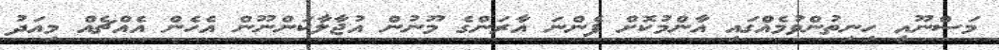
މަސްނޫއީ ހިނިތުންވުމެއްގައި އާންމުކޮށް ފެންނަ އާރަންގެ މޫނުން އުޖާލާކަންނޫން އެހެން އެއްޗެއް މިއަދު